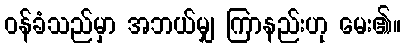
ဝန်ခံသည်မှာ အဘယ်မျှ ကြာနည်းဟု မေး၏။